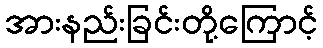
အားနည်းခြင်းတို့ကြောင့်